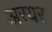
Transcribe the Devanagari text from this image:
अरयर